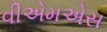
વીએમએસ